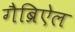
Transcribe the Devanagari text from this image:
गैब्रिऐल